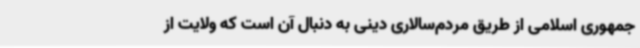
جمهوری اسلامی از طریق مردم‌سالاری دینی به دنبال آن است که ولایت از